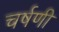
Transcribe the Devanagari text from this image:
चर्षणी